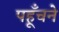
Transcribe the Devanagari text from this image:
पहूँचने